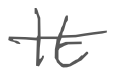
Text: It
Cross-out: single-line
Writing tool: digital_gray